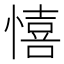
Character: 憘